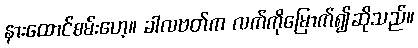
နားထောင်စမ်းဟေ့။ ခါလဗတ်က လက်ကိုမြောက်၍ဆိုသည်။